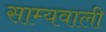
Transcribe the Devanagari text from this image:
साम्यवाली